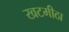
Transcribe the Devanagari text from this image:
खटमीठा